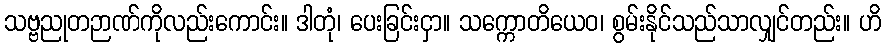
သဗ္ဗညုတဉာဏ်ကိုလည်းကောင်း။ ဒါတုံ၊ ပေးခြင်းငှာ။ သက္ကောတိယေဝ၊ စွမ်းနိုင်သည်သာလျှင်တည်း။ ဟိ